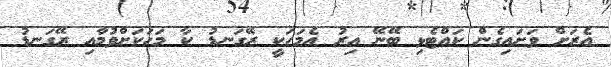
އެރަށް ވަށައިގެން ކައްޓެޅި ބޭނޭ އިރު އެމަހަކީ ރޭގަނޑު ކާ މަހަކަށްވުމާއި ރޭގަނޑު